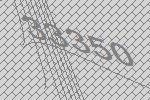
33350